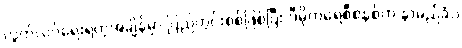
လွတ်လပ်ရေးရတဲ့အချိန်မှာ ပြည်တွင်းစစ်ဖြစ်ပြီး ဒီမိုကရေစီစနစ်က နာမည်ခံပဲ